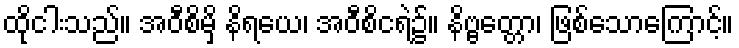
ထိုငါးသည်။ အဝီစိမှိ နိရယေ၊ အဝီစိငရဲ၌။ နိဗ္ဗတ္တော၊ ဖြစ်သောကြောင့်။